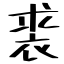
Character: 裘